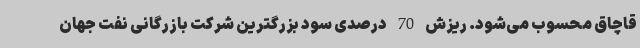
قاچاق محسوب می‌شود. ریزش 70 درصدی سود بزرگترین شرکت بازرگانی نفت جهان